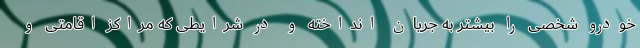
خودرو شخصی را بیشتر به جریان انداخته و در شرایطی که مراکز اقامتی و